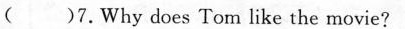
( )7.Why does Tom like the movie?